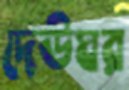
দেউঘর